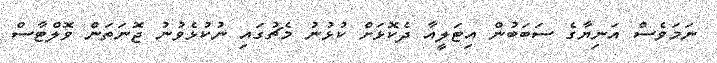
ނަމަވެސް އަނިޔާގެ ސަބަބުން އިޓަލީއާ ދެކޮޅަށް ކުޅުނު މެޗުގައި ނުކުޅެވުނު ޖޮނަތަން ވޮލްޓާސް